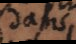
dans